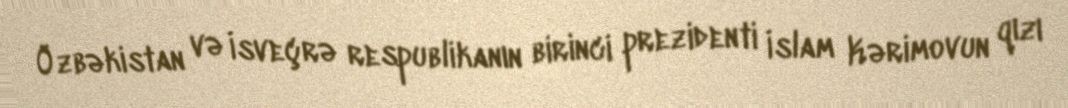
Özbəkistan və İsveçrə respublikanın birinci prezidenti İslam Kərimovun qızı